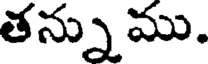
తన్ను ము.